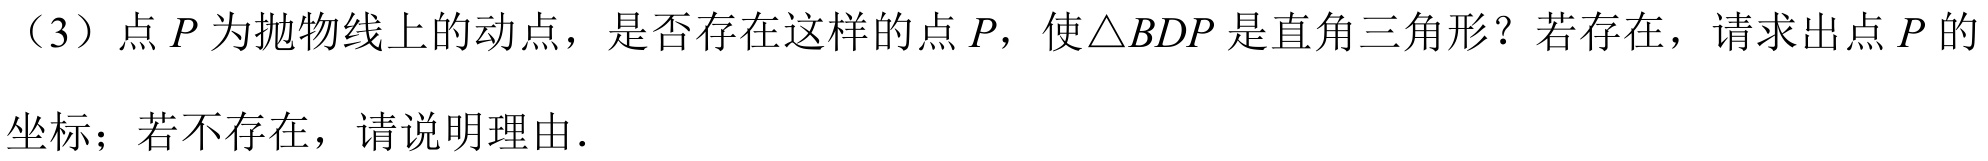
（3）点\(P\)为抛物线上的动点，是否存在这样的点\(P\)，使\(\triangle BDP\)是直角三角形？若存在，请求出点\(P\)的坐标；若不存在，请说明理由．